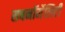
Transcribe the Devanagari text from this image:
सबनॉर्मेलिटी